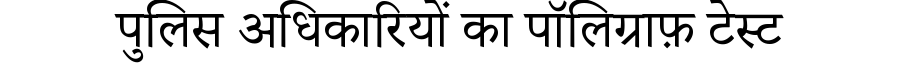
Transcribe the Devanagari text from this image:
पुलिस अधिकारियों का पॉलिग्राफ़ टेस्ट